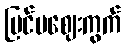
ပြင်ပဈေးကွက်